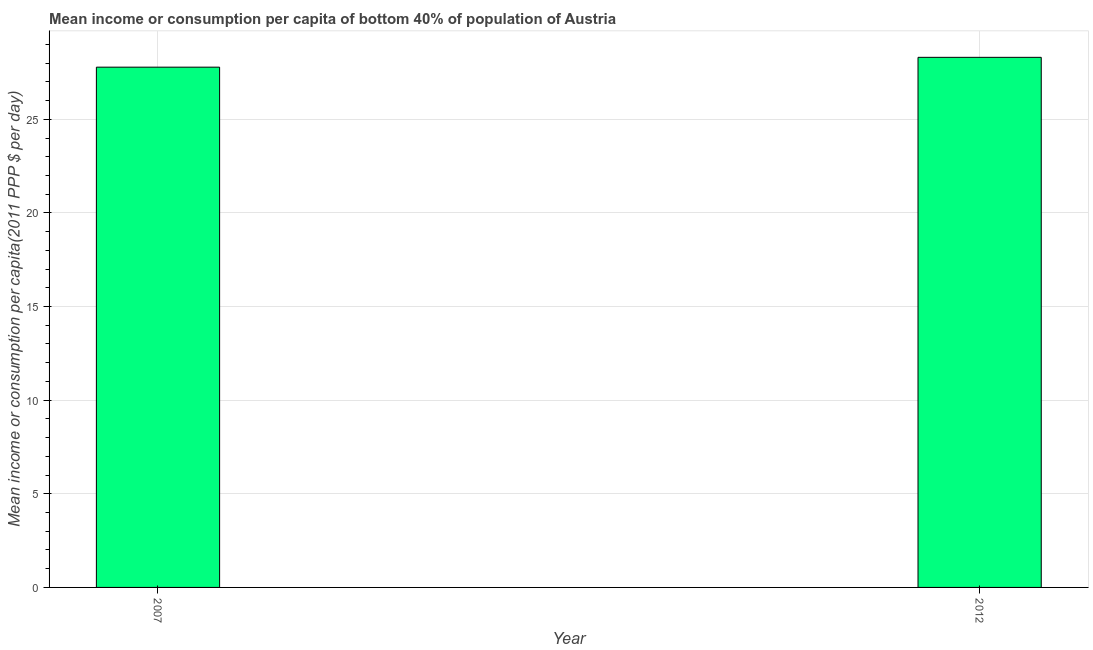
| Year | Bottom 40percent |
 | --- | --- |
 | 2007 | 27.8 |
 | 2012 | 28.3 |